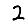
Digit: 2